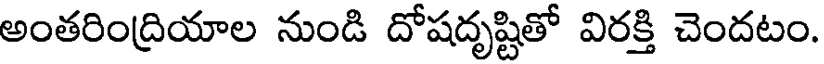
అంతరింద్రియాల నుండి దోషదృష్టితో విరక్తి చెందటం.